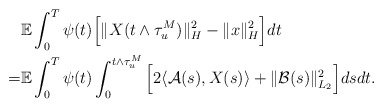
\begin{align*}& \mathbb{E} \int_0^T \psi(t) \Big[ \Vert X (t\wedge\tau_u^M) \Vert_H^2 - \Vert x \Vert_H^2 \Big] dt \\= & \mathbb{E} \int_0^T \psi(t) \int_0^{t\wedge\tau_{u}^M} \Big[ 2\langle \mathcal{A}(s), X(s)\rangle + \Vert \mathcal{B}(s) \Vert_{L_2}^2 \Big] ds dt .\end{align*}